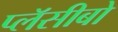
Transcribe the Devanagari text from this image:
प्लॅसीबो